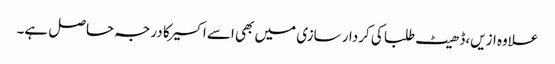
علاوه ازیں،ڈھیٹ طلبا کی کردار سازی میں بھی اسے اکسیر کا درجہ حاصل ہے۔